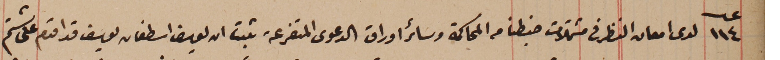
عدد ١١٤ لدى امعان النظر فى مشتملات ضبطنا من المحاكمة وسائر اوراق الدعوى المتفرعة ثبت ان يوسف اسطفان يوسف قد اقدم على شتم